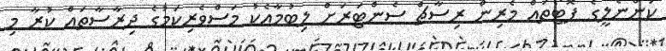
ކަންނެލީގެ ފޮޓޯތައް މެރިން ރިސާޗް ސެންޓަރަށް ލިބުމާއެކު މަސްވެރިކަމުގެ ދިރާސާތައް ކުރާ މި